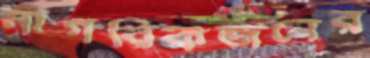
নাগরিকজনের